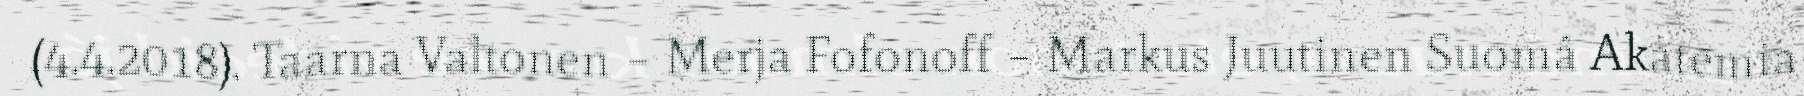
(4.4.2018). Taarna Valtonen – Merja Fofonoff – Markus Juutinen Suomâ Akatemia